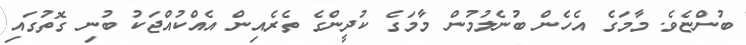
ބުންޏެވެ. މާމަގެ އެހެން ބުނެލުމުން މާމަގެ ކުދީންގެ ތެރެއިން އެއްކުއްޖަކު ބުނި ގޮތުގައި